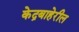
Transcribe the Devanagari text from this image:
केद्रबाहेरील